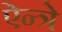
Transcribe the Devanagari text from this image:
ऐन्त्रे